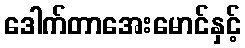
ဒေါက်တာအေးမောင်နှင့်